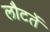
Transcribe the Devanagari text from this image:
लौटतें